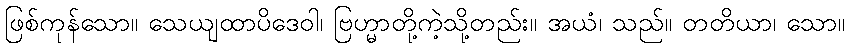
ဖြစ်ကုန်သော။ သေယျထာပိဒေဝါ၊ ဗြဟ္မာတို့ကဲ့သို့တည်း။ အယံ၊ သည်။ တတိယာ၊ သော။